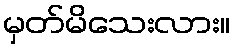
မှတ်မိသေးလား။